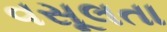
વસૂલતા